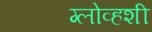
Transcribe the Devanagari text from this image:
ग्लोव्हशी